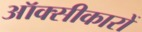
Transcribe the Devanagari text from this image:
ऑक्सीकारों